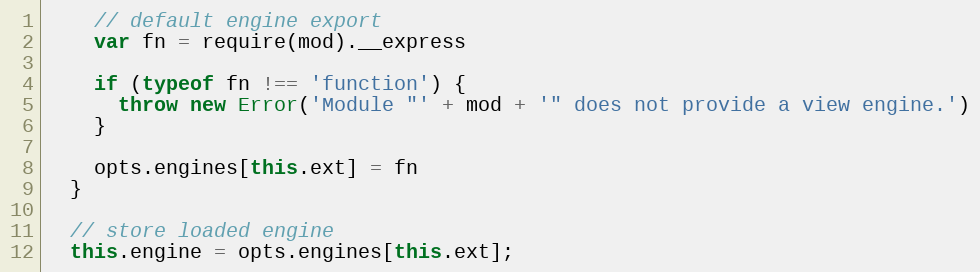
Language: JavaScript
    // default engine export
    var fn = require(mod).__express

    if (typeof fn !== 'function') {
      throw new Error('Module "' + mod + '" does not provide a view engine.')
    }

    opts.engines[this.ext] = fn
  }

  // store loaded engine
  this.engine = opts.engines[this.ext];